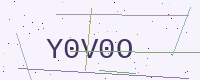
Text: Y0V0O